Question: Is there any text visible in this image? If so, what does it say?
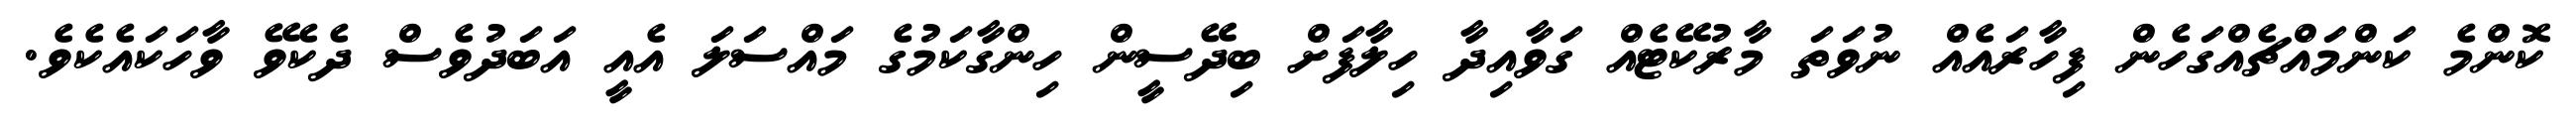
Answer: ކޮންމެ ކަންމައްޗެއްގަހެން ފިހާރައެއް ނުވަތަ މާރުކޭޓެއް ގަވާއިދާ ހިލާފަށް ބިދޭސީން ހިންގާކަމުގެ މައްސަލަ އެއީ އަބަދުވެސް ދެކެވޭ ވާހަކައެކެވެ.